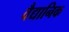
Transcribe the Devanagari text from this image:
वैद्यानिक